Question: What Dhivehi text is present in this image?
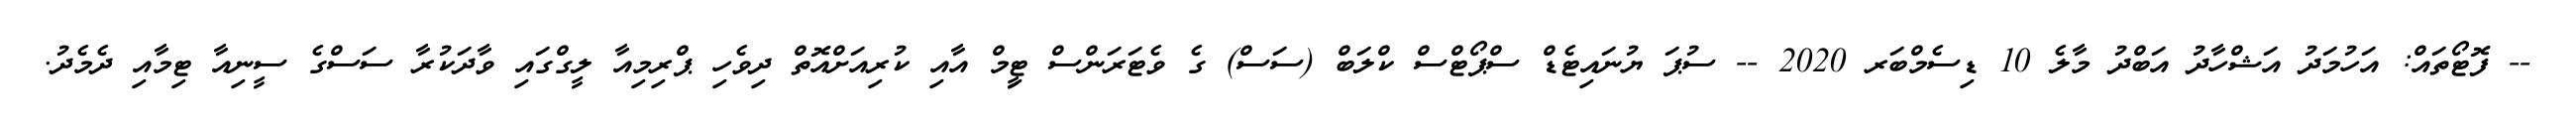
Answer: -- ފޮޓޯތައް: އަހުމަދު އަޝްހާދު އަބްދު މާލެ 10 ޑިސެމްބަރ 2020 -- ސުޕަ ޔުނައިޓެޑް ސްޕޯޓްސް ކްލަބް (ސަސް) ގެ ވެޓަރަންސް ޓިީމް އާއި ކުރިއަށްއޮތް ދިވެހި ޕްރިމިއާ ލީގްގައި ވާދަކުރާ ސަސްގެ ސީނިއާ ޓިމާއި ދެމެދު.